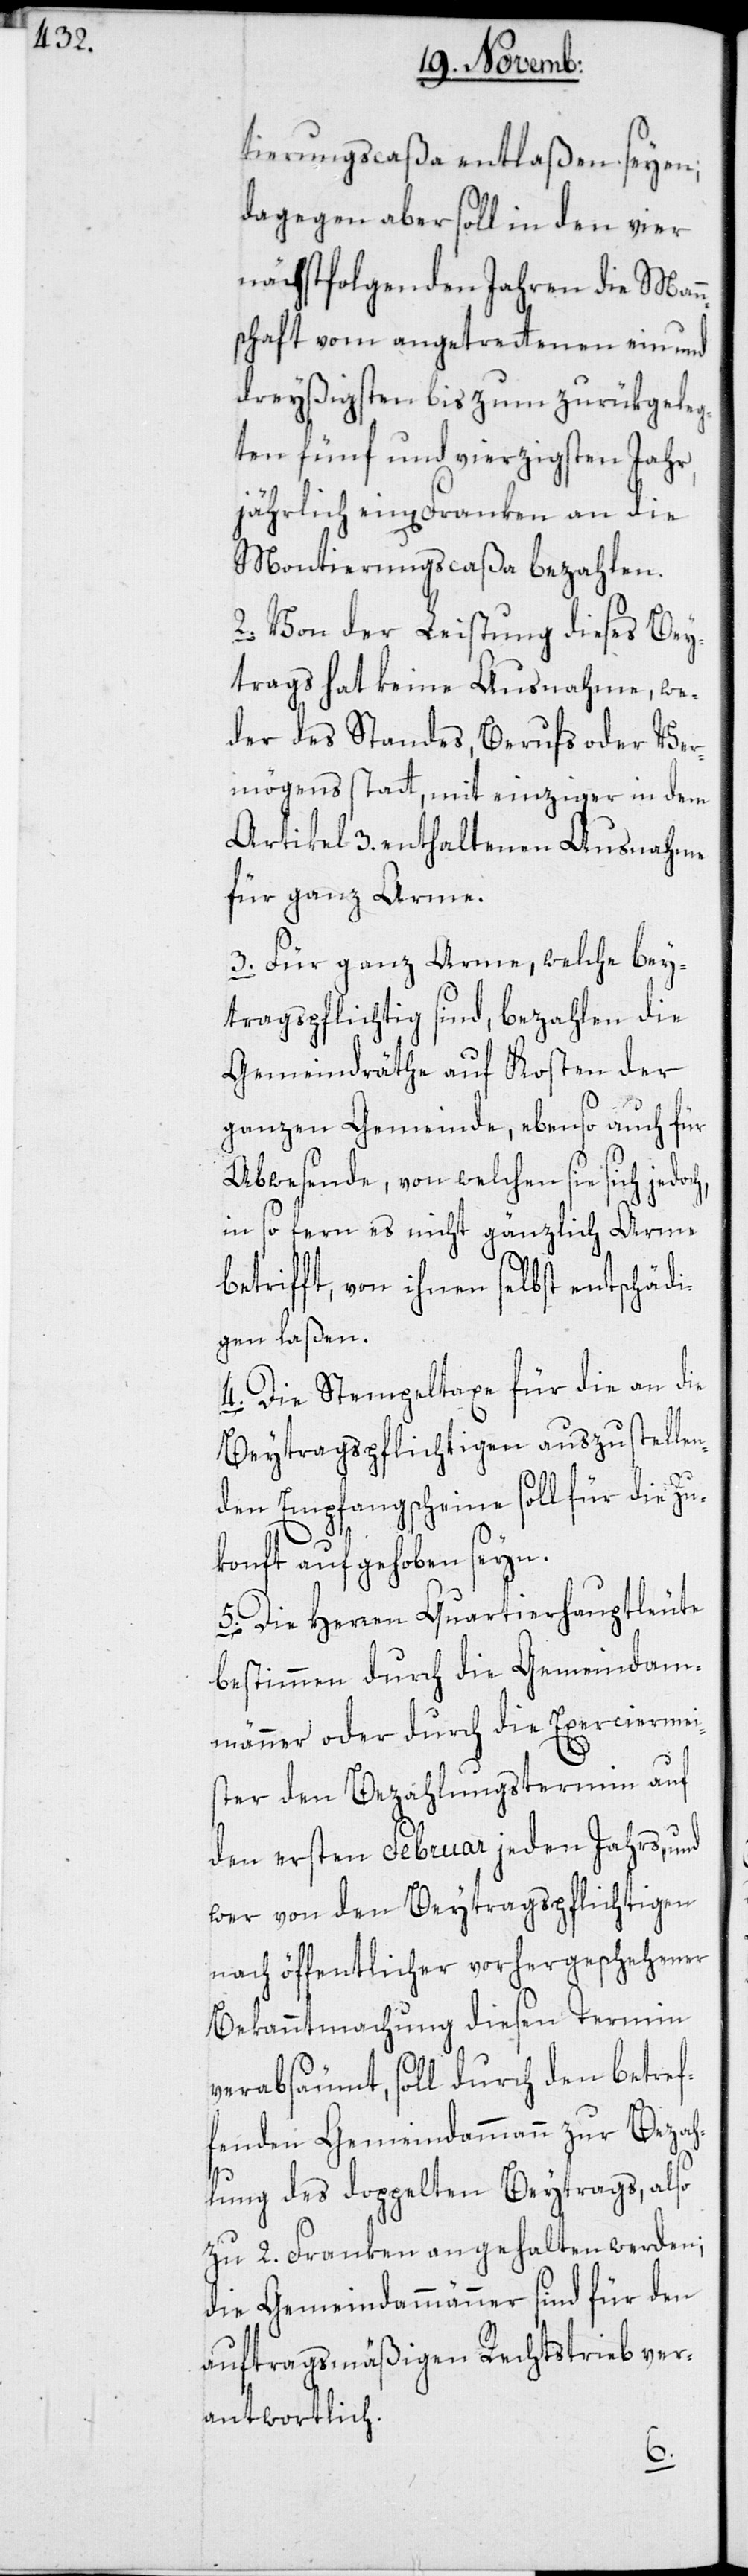
tierungscaßa entlaßen seyen;
dagegen aber soll in den vier
nächstfolgenden Jahren die Mann¬
schaft vom angetrettenen ein und
dreyßigsten bis zum zurükgeleg¬
ten fünf und vierzigsten Jahr,
jährlich ein[en] Franken an die
Montierungscaßa bezahlen.
2. Von der Leistung dieses Bey¬
trags hat keine Ausnahme, we¬
der des Standes, Berufs oder Ver¬
mögens statt, mit einziger in dem
Artikel 3. enthaltenen Ausnahme
für ganz Arme.
3. Für ganz Arme, welche bey¬
tragspflichtig sind, bezahlen die
Gemeindräthe auf Kosten der
ganzen Gemeinde, ebenso auch für
Abwesende, von welchen sie sich jedoch,
in so fern es nicht gänzlich Arme
betrifft, von ihnen selbst entschädi¬
gen laßen.
4. Die Stempeltaxe für die an die
Beytragspflichtigen auszustelle¬
nden Empfangscheine soll für die Zu¬
konft aufgehoben seyn.
5. Die Herren Quartierhauptleute
bestimmen durch die Gemeindam¬
männer oder durch die Exerciermei¬
ster den Bezahlungstermin auf
den ersten Februar jeden Jahrs, und
wer von den Beytragspflichtigen
nach öffentlicher vorhergeschehener
Bekanntmachung diesen Termin
verabsäumt, soll durch den betref¬
fenden Gemeindammann zur Bezah¬
lung des doppelten Beytrags, also
zu 2. Franken angehalten werden;
die Gemeindammänner sind für den
auftragsmäßigen Rechtstrieb ver¬
antwortlich.